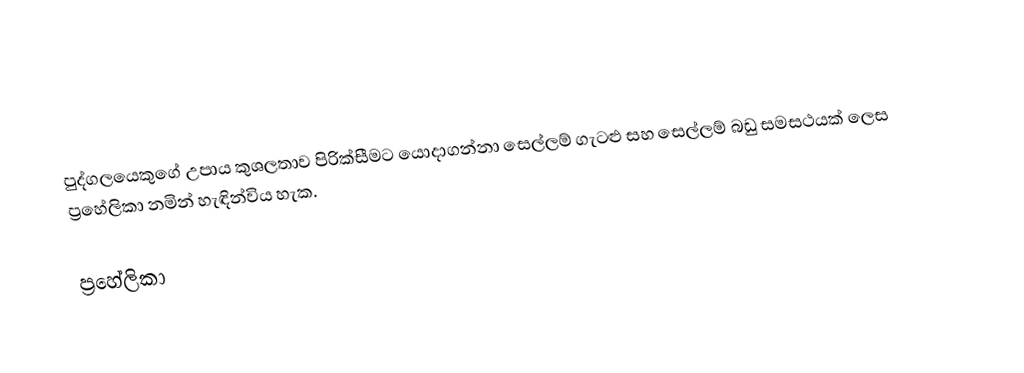
පුද්ගලයෙකුගේ උපාය කුශලතාව පිරික්සීමට යොදාගන්නා සෙල්ලම් ගැටළු සහ සෙල්ලම් බඩු සමසථයක් ලෙස ප්‍රහේලිකා නමින් හැඳින්විය හැක.

ප්‍රහේලිකා